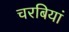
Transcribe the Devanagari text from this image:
चरबियां